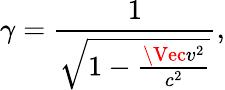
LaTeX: \gamma=\frac{1}{\sqrt{1-\frac{\Vec{v}^{2}}{c^{2}}}},